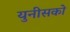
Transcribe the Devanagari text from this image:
युनीसको